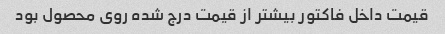
قیمت داخل فاکتور بیشتر از قیمت درج شده روی محصول بود